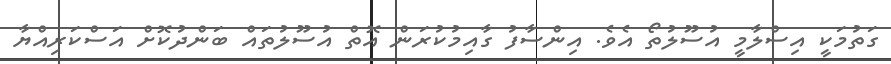
ގަތުމަކީ އިސްލާމީ އުސޫލުތޯ އެވެ. އިންސާފު ގާއިމުކުރަން އޮތް އުސޫލުތައް ބަންދުކޮށް އަސްކަރިއްޔާ